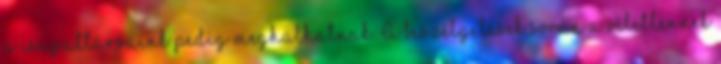
a csapattársaink pedig meghalhatnak. A beszélgetések során a véletlennek